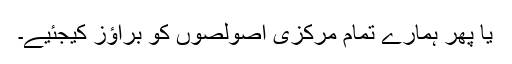
يا پھر ہمارے تمام مرکزی اصولصوں کو براؤز کيجئيے۔